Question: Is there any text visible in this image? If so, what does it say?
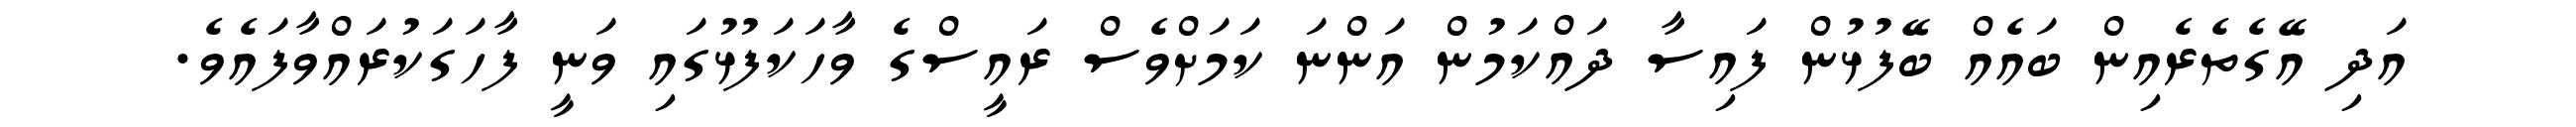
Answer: އަދި އޭގެތެރެއިން ބައެއް ބޭފުޅުން ފައިސާ ދައްކަމުން އަންނަ ކަމަށްވެސް ރައީސްގެ ވާހަކަފުޅުގައި ވަނީ ފާހަގަކުރައްވާފައެވެ.